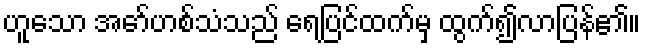
ဟူသော အော်ဟစ်သံသည် ရေပြင်ထက်မှ ထွက်၍လာပြန်၏။